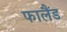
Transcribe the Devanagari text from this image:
फालैंड